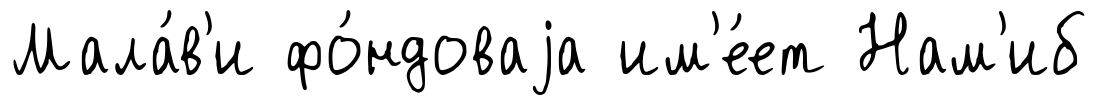
Мала́в'и фо́ндоваjа им'е́ет Нам'иб